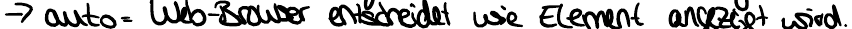
-> auto= Web-Browser entscheidet wie Element angezeigt wird.